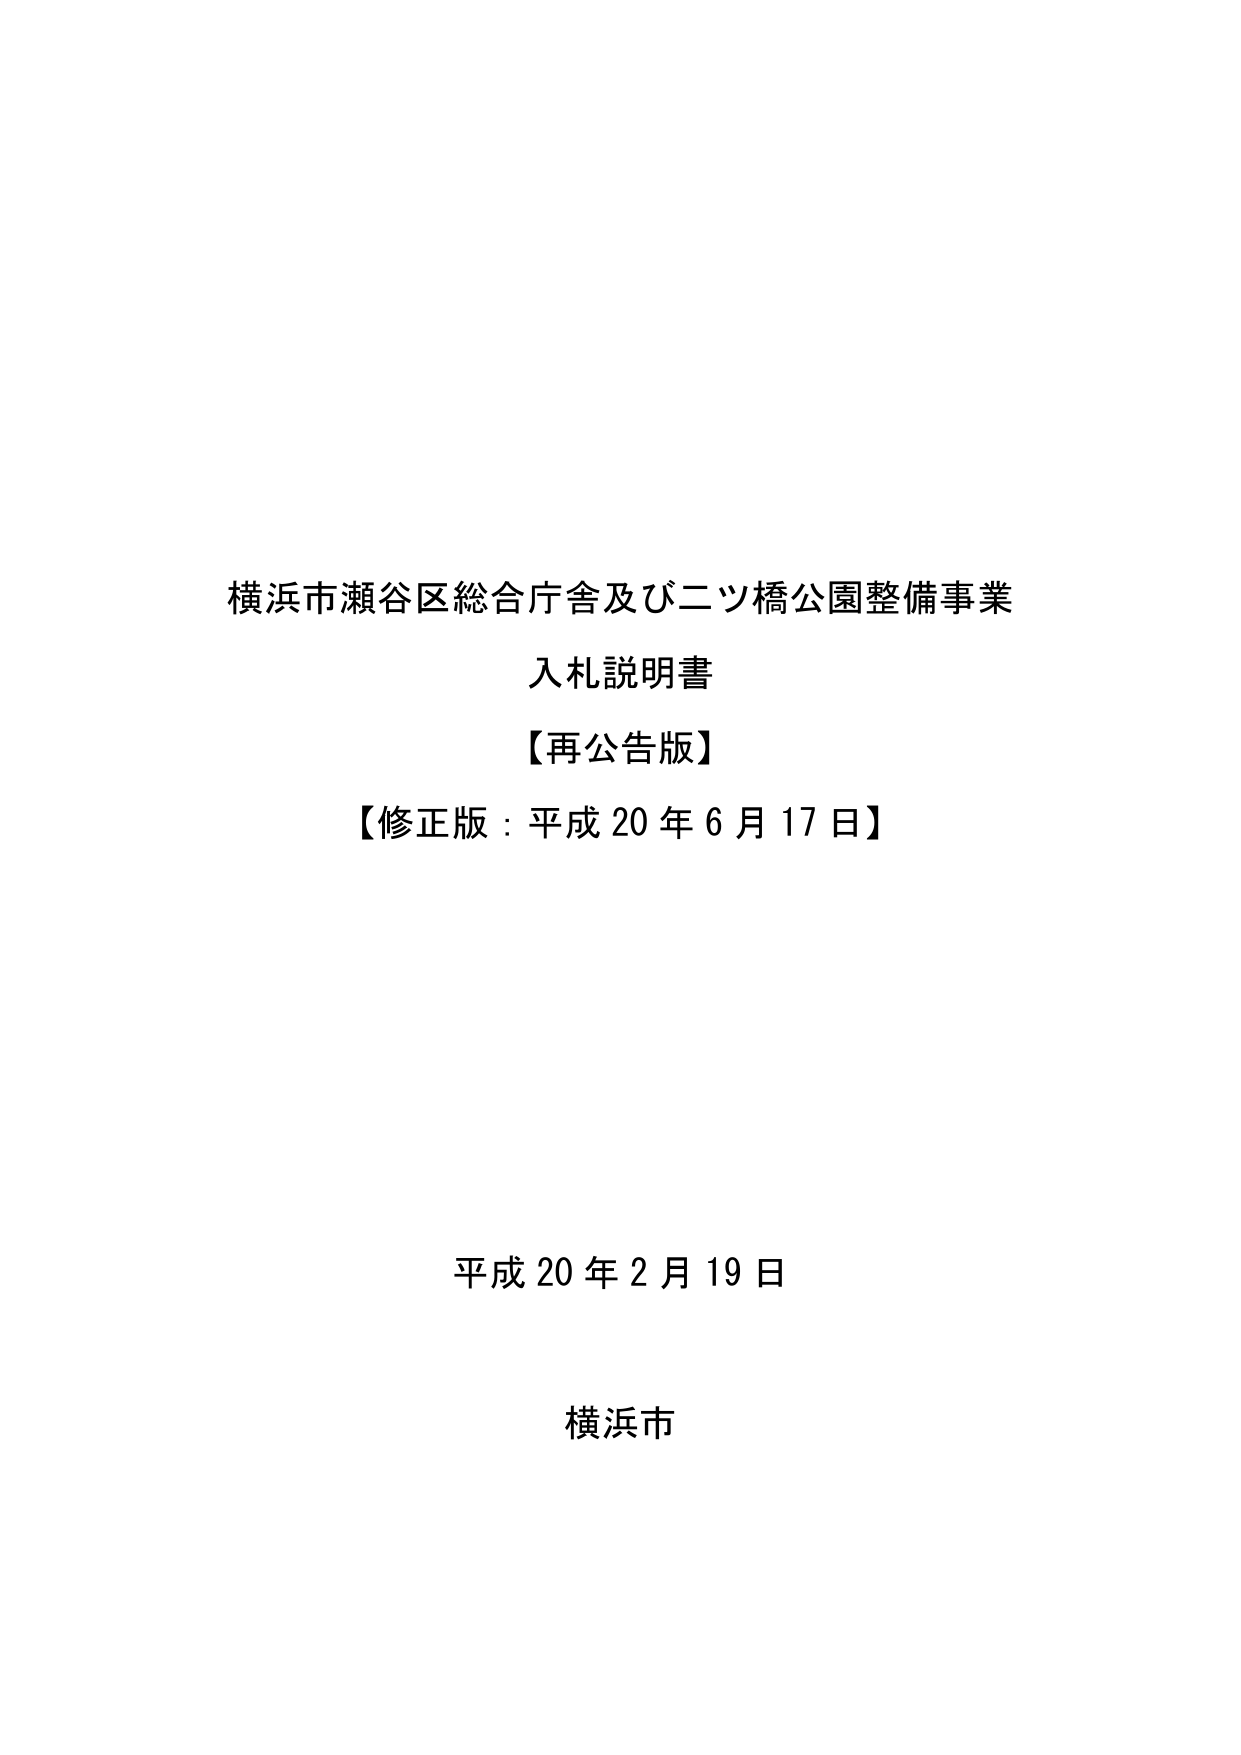
横浜市瀬谷区総合庁舎及び二ツ橋公園整備事業
入札説明書
【再公告版】
【修正版：平成20年6月17日】

平成20年2月19日
横浜市